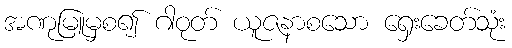
အဏုမြူမှစ၍ ဂါဝုတ် ယူဇနာစသော ရှေးခေတ်သုံး